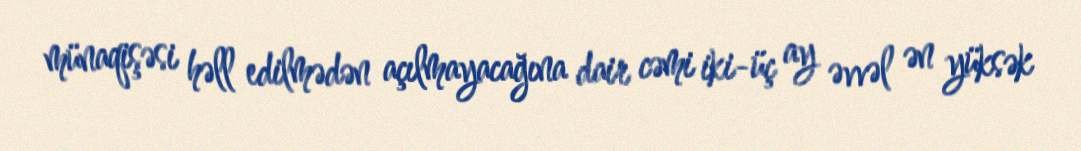
münaqişəsi həll edilmədən açılmayacağına dair cəmi iki-üç ay əvvəl ən yüksək